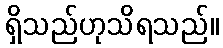
ရှိသည်ဟုသိရသည်။